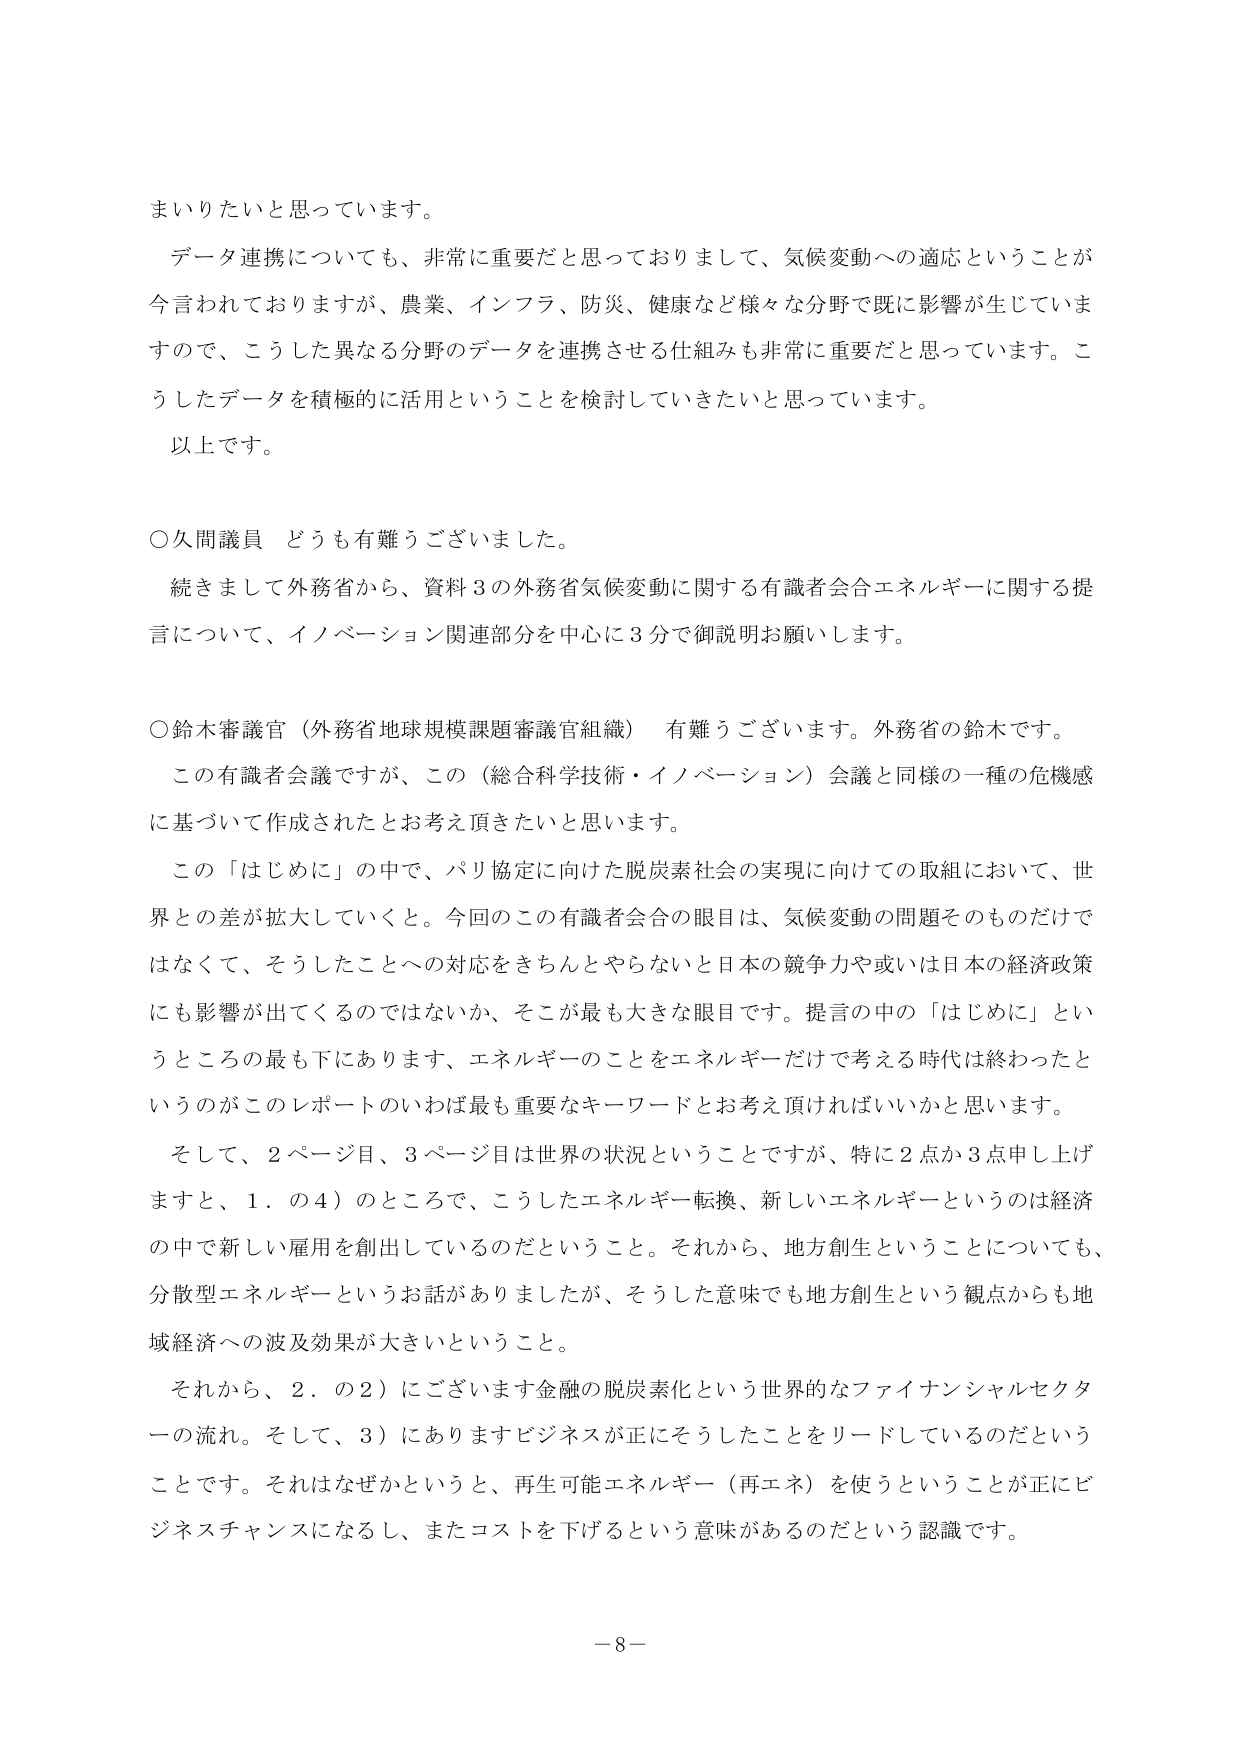
まいりたいと思っています。

データ連携についても、非常に重要だと思っておりまして、気候変動への適応ということが今言われておりますが、農業、インフラ、防災、健康など様々な分野で既に影響が生じていますので、こうした異なる分野のデータを連携させる仕組みも非常に重要だと思っています。こうしたデータを積極的に活用ということを検討していきたいと思っています。

以上です。

○久間議員 どうも有難うございました。

続きまして外務省から、資料３の外務省気候変動に関する有識者会合エネルギーに関する提言について、イノベーション関連部分を中心に３分で御説明お願いします。

○鈴木審議官（外務省地球規模課題審議官組織） 有難うございます。外務省の鈴木です。

この有識者会議ですが、この（総合科学技術・イノベーション）会議と同様の一種の危機感に基づいて作成されたとお考え頂きたいと思います。

この「はじめに」の中で、パリ協定に向けた脱炭素社会の実現に向けての取組において、世界との差が拡大していくと。今回のこの有識者会合の眼目は、気候変動の問題そのものだけではなくて、そうしたことへの対応をきちんとやらないと日本の競争力や或いは日本の経済政策にも影響が出てくるのではないか、そこが最も大きな眼目です。提言の中の「はじめに」というところの最も下にあります、エネルギーのことをエネルギーだけで考える時代は終わったというのがこのレポートのいわば最も重要なキーワードとお考え頂ければいいかと思います。

そして、２ページ目、３ページ目は世界の状況ということですが、特に２点か３点申し上げますと、１．の４）のところで、こうしたエネルギー転換、新しいエネルギーというのは経済の中で新しい雇用を創出しているのだということ。それから、地方創生ということについても、分散型エネルギーというお話がありましたが、そうした意味でも地方創生という観点からも地域経済への波及効果が大きいということ。

それから、２．の２）にございます金融の脱炭素化という世界的なファイナンシャルセクターの流れ。そして、３）にありますビジネスが正にそうしたことをリードしているのだということです。それはなぜかというと、再生可能エネルギー（再エネ）を使うということが正にビジネスチャンスになるし、またコストを下げるという意味があるのだという認識です。

－8－